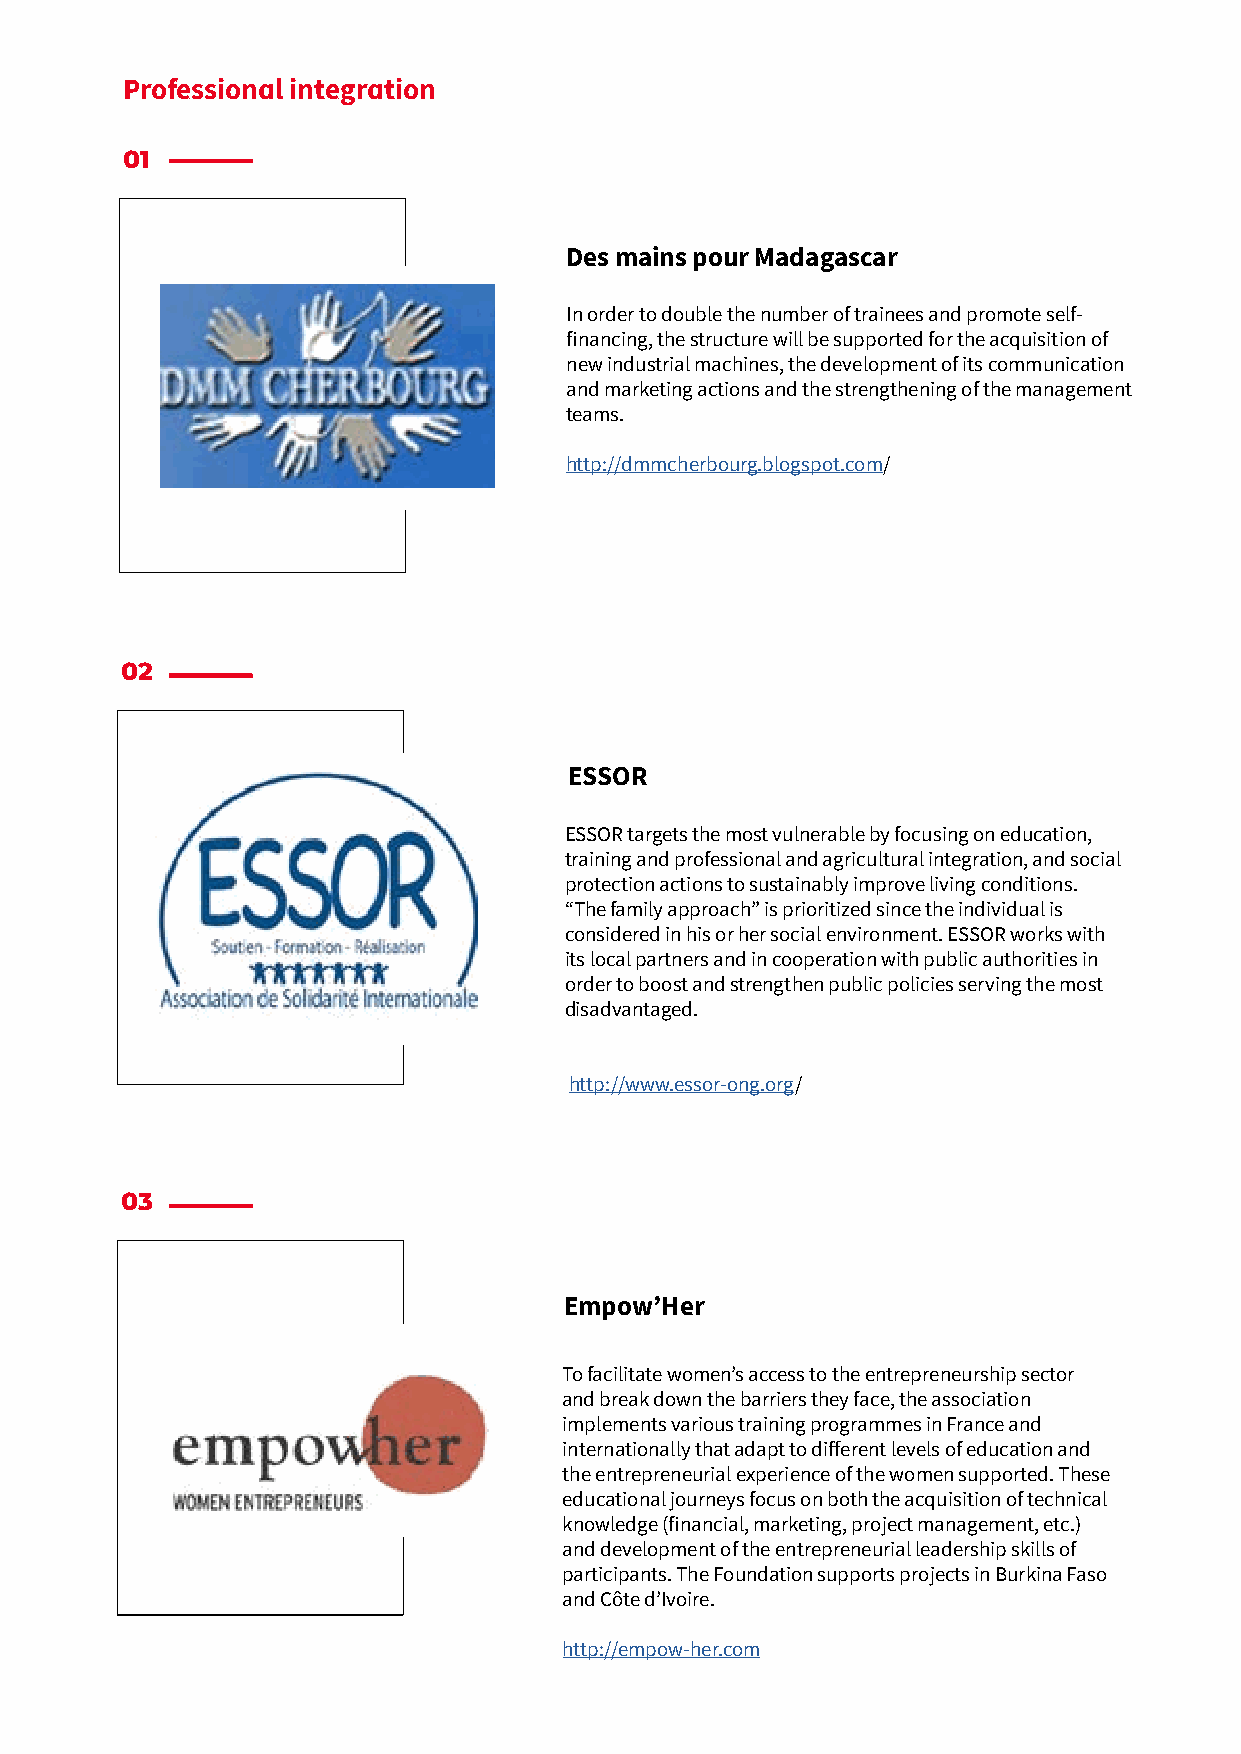
Professional integration
 01
 Des mains pour Madagascar
 In order to double the number of trainees and promote self-
 financing, the structure will be supported for the acquisition of
 new industrial machines, the development of its communication
 and marketing actions and the strengthening of the management
 teams.
 http://dmmcherbourg.blogspot.com/
 02
 ESSOR
 ESSOR targets the most vulnerable by focusing on education,
 training and professional and agricultural integration, and social
 protection actions to sustainably improve living conditions.
 “The family approach” is prioritized since the individual is
 considered in his or her social environment. ESSOR works with
 its local partners and in cooperation with public authorities in
 order to boost and strengthen public policies serving the most
 disadvantaged.
 http://www.essor-ong.org/
 03
 Empow’Her
 To facilitate women’s access to the entrepreneurship sector
 and break down the barriers they face, the association
 implements various training programmes in France and
 internationally that adapt to different levels of education and
 the entrepreneurial experience of the women supported. These
 educational journeys focus on both the acquisition of technical
 knowledge (financial, marketing, project management, etc.)
 and development of the entrepreneurial leadership skills of
 participants. The Foundation supports projects in Burkina Faso
 and Côte d’Ivoire.
 http://empow-her.com